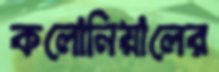
কলোনিয়ালের